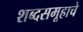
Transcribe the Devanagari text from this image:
शब्दसमूहाचे